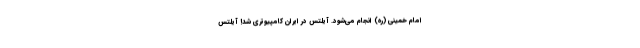
امام خمینی (ره) انجام می‌شود. آیلتس در ایران کامپیوتری شد! آیلتس